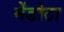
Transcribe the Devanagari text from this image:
मेंडोटा